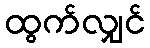
ထွက်လျှင်